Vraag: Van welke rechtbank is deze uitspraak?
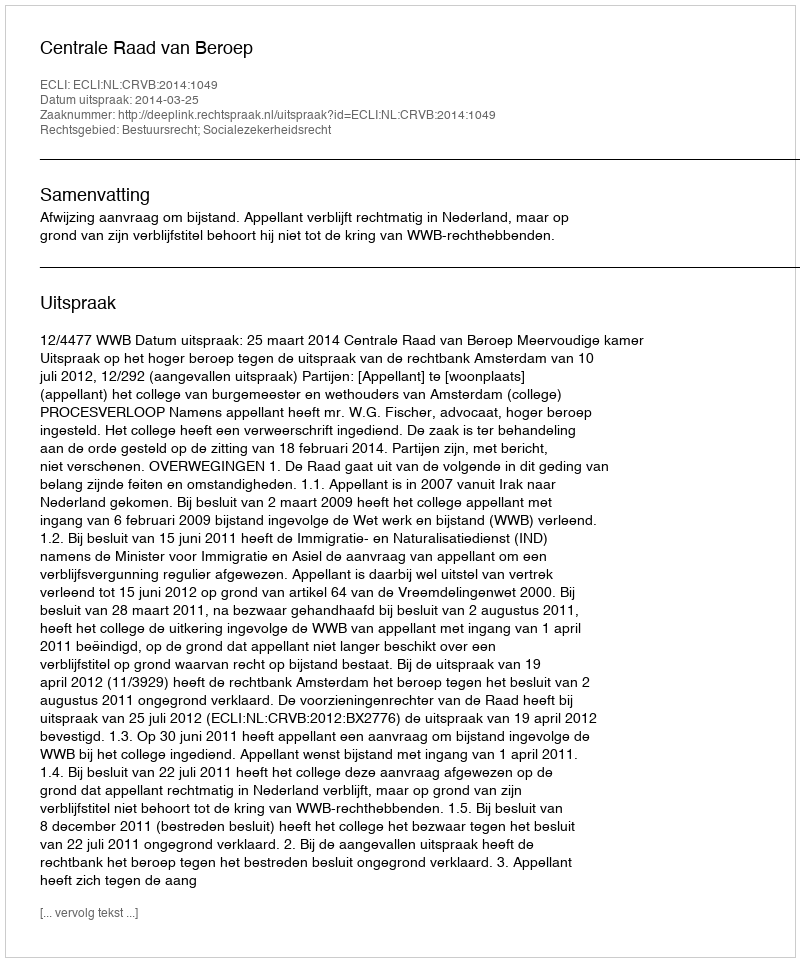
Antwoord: Centrale Raad van Beroep